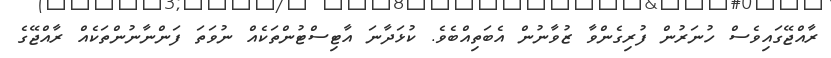
ރާއްޖޭގައިވެސް ހުނަރުން ފުރިގެންވާ ޒުވާނުން އެބަތިއްބެވެ. ކުޅަދާނަ އާޓިސްޓުންތަކެއް ނުވަތަ ފަންނާނުންތަކެއް ރާއްޖޭގެ